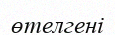
өтелгені